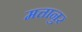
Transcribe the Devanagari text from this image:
मत्तानुर